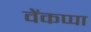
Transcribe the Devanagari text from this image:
वेंकप्पा